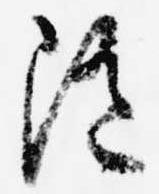
随